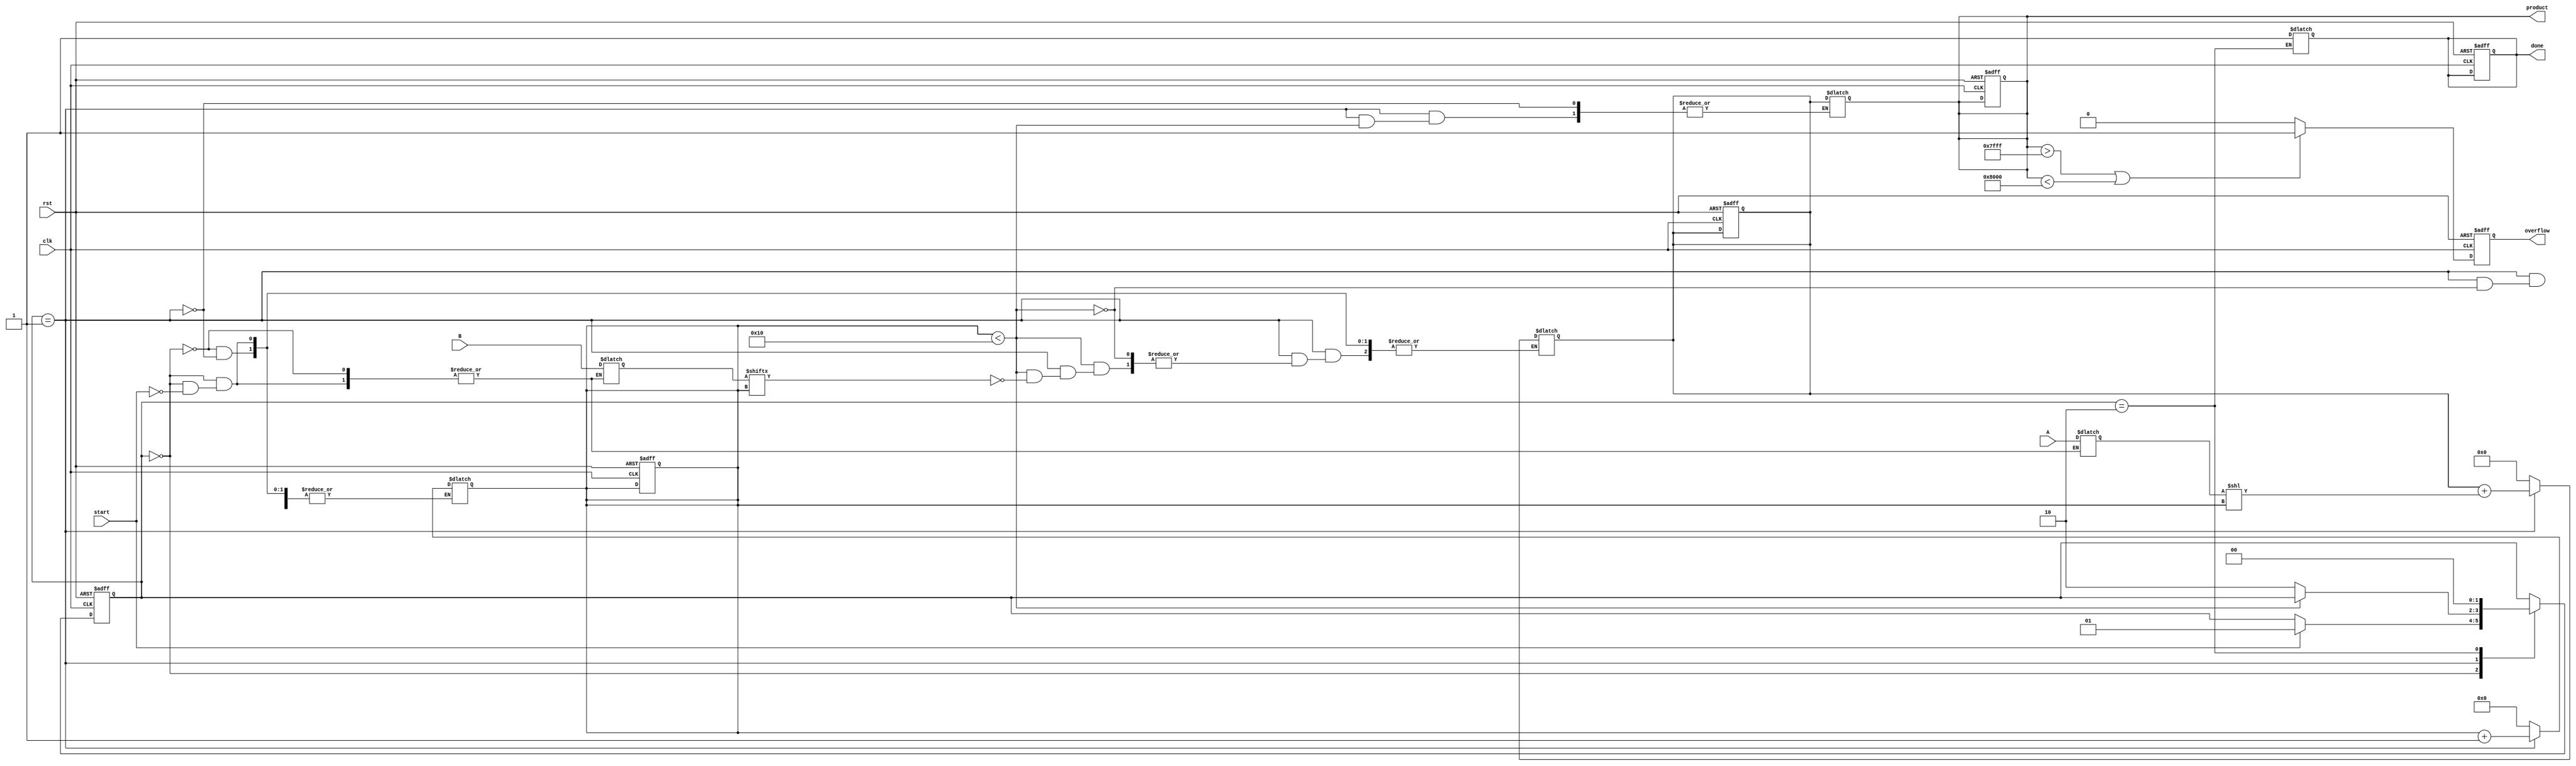
module radix2_multiplier (
    input wire clk,
    input wire rst,
    input wire start,
    input wire signed [15:0] A, // Multiplicand
    input wire signed [15:0] B, // Multiplier
    output reg signed [31:0] product, // Final product
    output reg done, // Indicates multiplication is complete
    output reg overflow // Overflow detection
);

    reg [15:0] multiplicand;
    reg [15:0] multiplier;
    reg [31:0] partial_product;
    reg [4:0] count; // Counter for bit processing
    reg [31:0] sum; // Accumulator for the final product

    // State machine states
    parameter IDLE = 2'b00, PROCESS = 2'b01, DONE = 2'b10;
    reg [1:0] state, next_state;

    // Overflow detection logic
    always @(posedge clk or posedge rst) begin
        if (rst) begin
            overflow <= 0;
        end else if (product > 32767 || product < -32768) begin
            overflow <= 1;
        end else begin
            overflow <= 0;
        end
    end

    // State machine for controlling the multiplication process
    always @(posedge clk or posedge rst) begin
        if (rst) begin
            state <= IDLE;
            done <= 0;
            product <= 0;
            count <= 0;
            sum <= 0;
        end else begin
            state <= next_state;
        end
    end

    always @(*) begin
        next_state = state;
        case (state)
            IDLE: begin
                if (start) begin
                    multiplicand = A;
                    multiplier = B;
                    partial_product = 0;
                    sum = 0;
                    count = 0;
                    next_state = PROCESS;
                end
            end
            PROCESS: begin
                if (count < 16) begin
                    if (multiplier[count]) begin
                        partial_product = multiplicand << count; // Shift left by count
                        sum = sum + partial_product; // Add to sum
                    end
                    count = count + 1;
                end else begin
                    product = sum; // Final product
                    next_state = DONE;
                end
            end
            DONE: begin
                done = 1; // Indicate multiplication is complete
                next_state = IDLE; // Go back to IDLE state
            end
        endcase
    end

endmodule